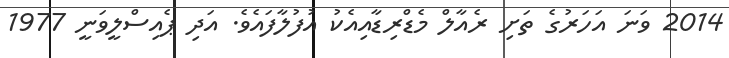
2014 ވަނަ އަހަރުގެ ތަށި ރެއާލް މެޑްރިޑާއިއެކު އުފުލާފައެވެ. އަދި ޕެއިސްލީވަނީ 1977